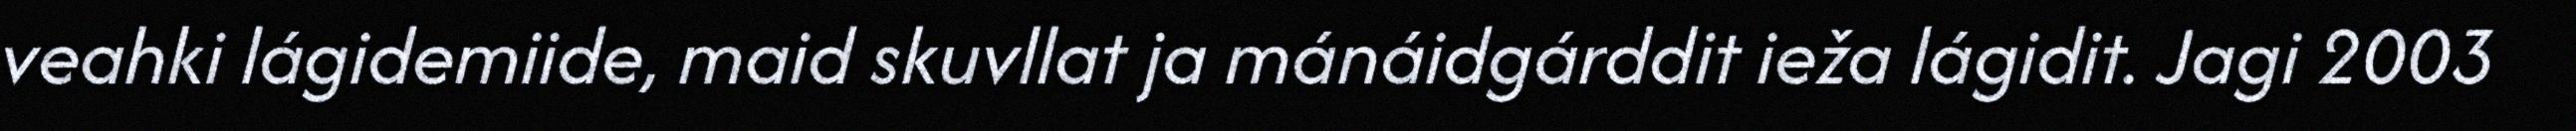
veahki lágidemiide, maid skuvllat ja mánáidgárddit ieža lágidit. Jagi 2003